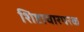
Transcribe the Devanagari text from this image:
शिष्टाचारपरक